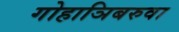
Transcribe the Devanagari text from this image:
गोहाञिबरुवा